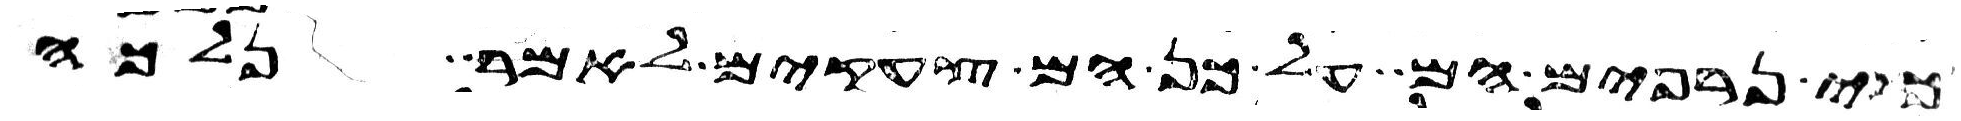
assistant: כי נרפים הם על כן הם צעקים לאמר נלכה